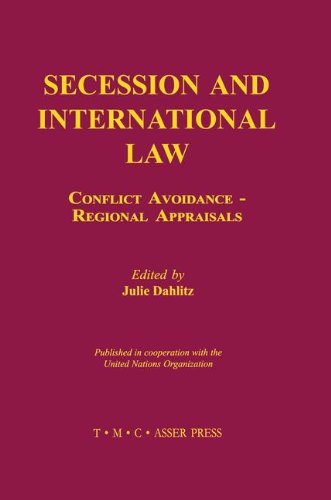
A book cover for Secession and International Law: Conflict Avoidance - Regional Appraisals; Law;